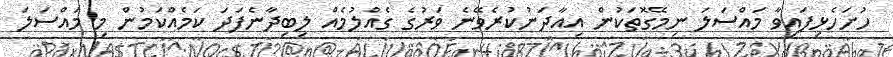
ހުށަހެޅިފައިވާ މައްސަލަ ނިމޭގޮތަކުން އިއާދަނުކުރެވޭނެ ވަރުގެ ގެއްލުމެއް ލިބިދާނެފަދަ ކަމެއްކަމުން މި މައްސަލަ